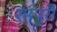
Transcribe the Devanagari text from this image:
रमपुरी